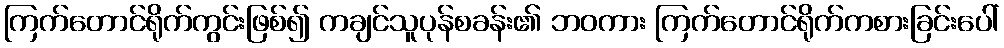
ကြက်တောင်ရိုက်ကွင်းဖြစ်၍ ကချင်သူပုန်စခန်း၏ ဘဝကား ကြက်တောင်ရိုက်ကစားခြင်းပေါ်